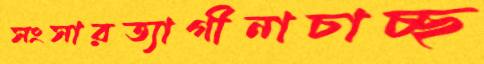
সংসারত্যাগীনাচাচ্ছ